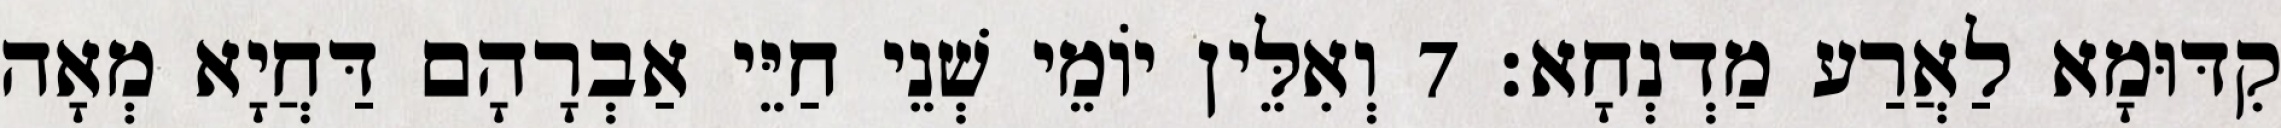
קִדּוּמָא לַאֲרַע מַדְנְחָא׃ 7 וְאִלֵּין יוֹמֵי שְׁנֵי חַיֵּי אַבְרָהָם דַּחֲיָא מְאָה